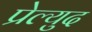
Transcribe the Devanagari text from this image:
प्रेल्युद